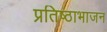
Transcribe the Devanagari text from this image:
प्रतिष्ठाभाजन